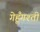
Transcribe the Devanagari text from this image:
गेहूँगश्ती